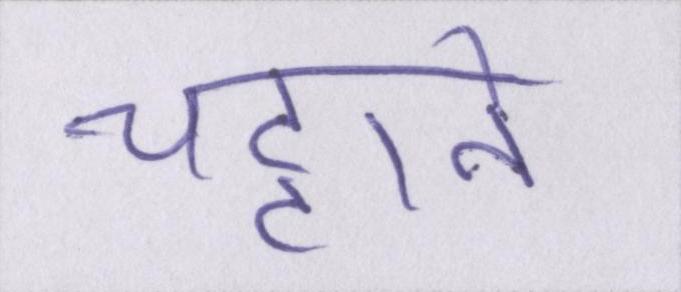
चट्टाने